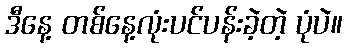
ဒီနေ့ တစ်နေ့လုံးပင်ပန်းခဲ့တဲ့ ပုံပဲ။